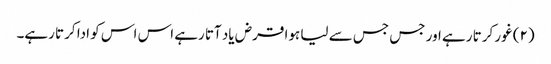
(۲) غور کرتا رہے اور جس جس سے لیا ہوا قرض یاد آتا رہے اس اس کو ادا کرتا رہے۔